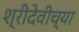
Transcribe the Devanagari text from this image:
श्रीदेवीच्या